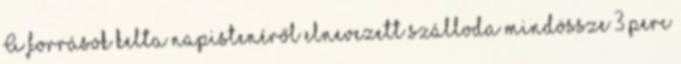
A források kelta napistenéről elnevezett szálloda mindössze 3 perc